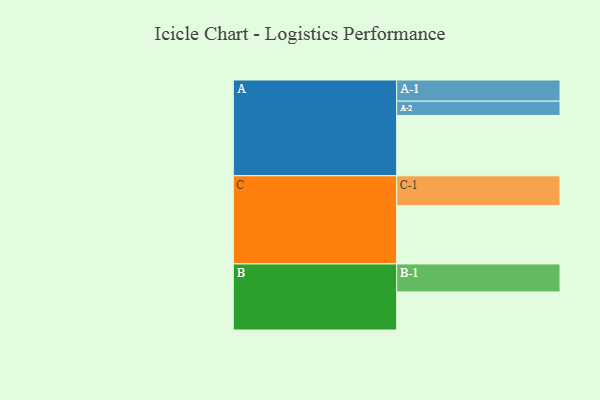
{"axis": {"x": "Segment", "y": "Value"}, "legend": ["", "A", "B", "C"], "data": [{"x": "A", "y": 507, "type": ""}, {"x": "B", "y": 320, "type": ""}, {"x": "C", "y": 490, "type": ""}, {"x": "A-1", "y": 178, "type": "A"}, {"x": "A-2", "y": 120, "type": "A"}, {"x": "B-1", "y": 235, "type": "B"}, {"x": "C-1", "y": 251, "type": "C"}]}